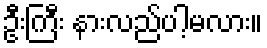
ဦးကြီး နားလည်ပါ့မလား။